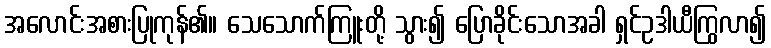
အလောင်းအစားပြုကုန်၏။ သေသောက်ကြူးတို့ သွား၍ ပြောခိုင်းသောအခါ ရှင်ဥဒါယီကြွလာ၍